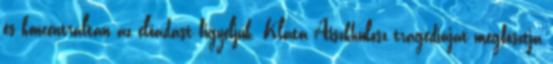
és koncentráltan az előadást figyeljük. Klata Aiszkhülosz tragédiáját megfosztja